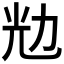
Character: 𰃌